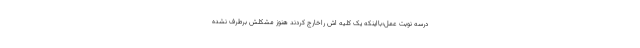
درسه نوبت عمل؛بااینکه یک کلیه اش راخارج کردند هنوز مشکلش برطرف نشده